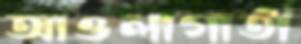
আওলাগাতী